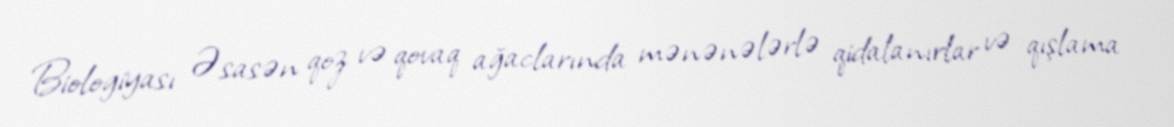
Biologiyası Əsasən qoz və qovaq ağaclarında mənənələrlə qidalanırlar və qışlama